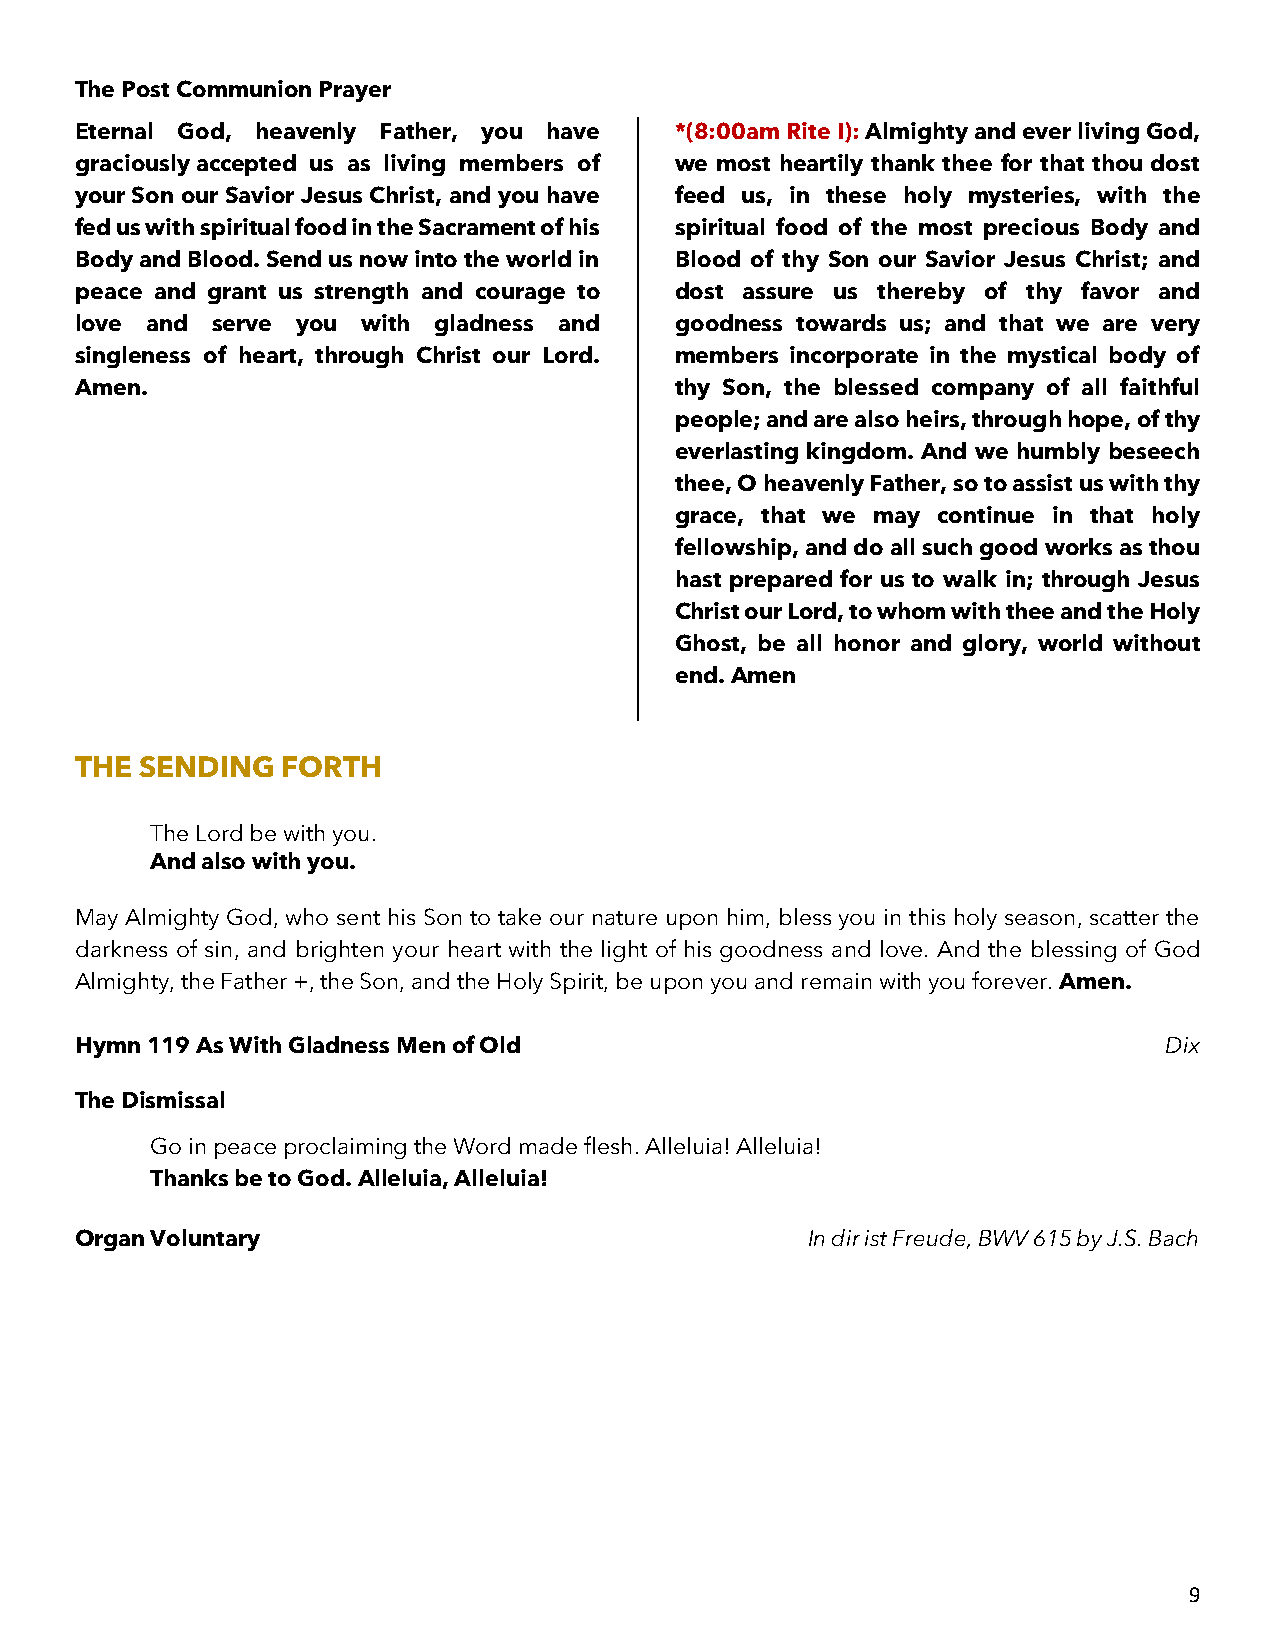
The Post Communion Prayer
 Eternal God, heavenly Father, you have  *(8:00am Rite I): Almighty and ever living God,
 graciously accepted us as living members of we most heartily thank thee for that thou dost
 your Son our Savior Jesus Christ, and you have feed us, in these holy mysteries, with the
 fed us with spiritual food in the Sacrament of his spiritual food of the most precious Body and
 Body and Blood. Send us now into the world in Blood of thy Son our Savior Jesus Christ; and
 peace and grant us strength and courage to dost assure us thereby of thy favor and
 love and serve you with gladness and    goodness towards us; and that we are very
 singleness of heart, through Christ our Lord. members incorporate in the mystical body of
 Amen.                                   thy Son, the blessed company of all faithful
 people; and are also heirs, through hope, of thy
 everlasting kingdom. And we humbly beseech
 thee, O heavenly Father, so to assist us with thy
 grace, that we may continue in that holy
 fellowship, and do all such good works as thou
 hast prepared for us to walk in; through Jesus
 Christ our Lord, to whom with thee and the Holy
 Ghost, be all honor and glory, world without
 end. Amen
 THE SENDING   FORTH
 The Lord be with you.
 And also with you.
 May Almighty God, who sent his Son to take our nature upon him, bless you in this holy season, scatter the
 darkness of sin, and brighten your heart with the light of his goodness and love. And the blessing of God
 Almighty, the Father +, the Son, and the Holy Spirit, be upon you and remain with you forever. Amen.
 Hymn 119 As With Gladness Men of Old                                    Dix
 The Dismissal
 Go in peace proclaiming the Word made flesh. Alleluia! Alleluia!
 Thanks be to God. Alleluia, Alleluia!
 Organ Voluntary                                 In dir ist Freude, BWV 615 by J.S. Bach
 9